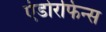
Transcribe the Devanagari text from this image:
एंडोरफिन्स